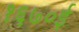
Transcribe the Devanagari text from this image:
१६७०ई